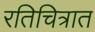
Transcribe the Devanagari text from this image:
रतिचित्रात